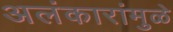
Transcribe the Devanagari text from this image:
अलंकारांमुळे